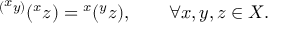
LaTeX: { } ^ { ( { } ^ { \scriptstyle x } y ) } ( { } ^ { x } z ) = { } ^ { x } ( { } ^ { y } z ) , \qquad \forall x , y , z \in X .